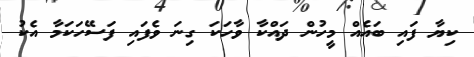
ކިޔާ ފައި ބައެއް މީހުން ދައްކާ ވާހަކަ ގިނަ ވެފައި ފަސޭހަކަމާ އެކު